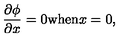
\frac { \partial \phi } { \partial x } = 0 \mathrm { w h e n } x = 0 ,